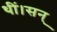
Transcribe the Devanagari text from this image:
थीं।सन्